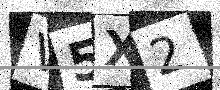
Text: V5X2